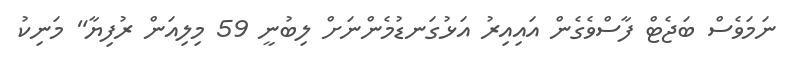
ނަމަވެސް ބަޖެޓް ފާސްވެގެން އައިއިރު އަޅުގަނޑުމެންނަށް ލިބުނީ 59 މިލިއަން ރުފިޔާ" މަނިކު